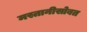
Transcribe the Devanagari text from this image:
मस्तानीसोबत